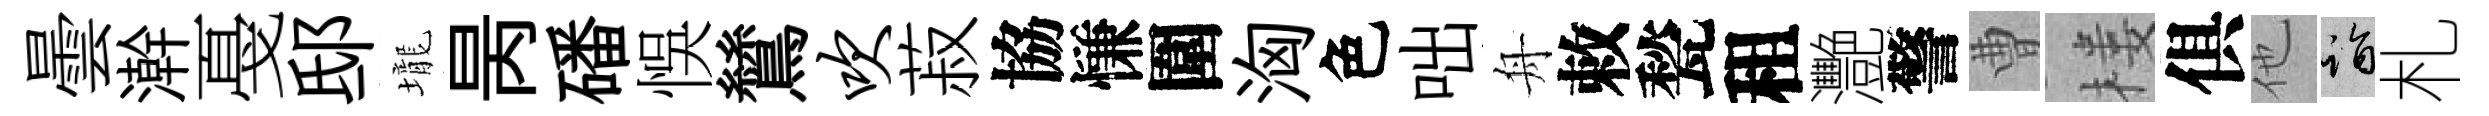
曇澣戞邸壠昺磻悞鷥吹菽協慊圍洶色咄舟敕甃租灧警曹楼俱他诣札